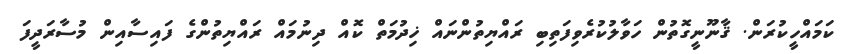
ކަމައްހީކުރަން. ޤާނޫނީގޮތުން ހަވާލުކުރެވިފަތިބި ރައްޔިތުންނައް ޚިދުމަތް ކޮއް ދިނުމައް ރައްޔިތުންގެ ފައިސާއިން މުސާރަދީފަ